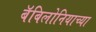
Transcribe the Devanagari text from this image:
बॅबिलोनियाच्या